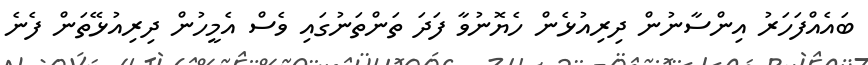
ބައެއްފަހަރު އިންސާނުން ދިރިއުޅެން ހެޔޮނުވާ ފަދަ ތަންތަނުގައި ވެސް އެމީހުން ދިރިއުޅޭތަން ފެނެ